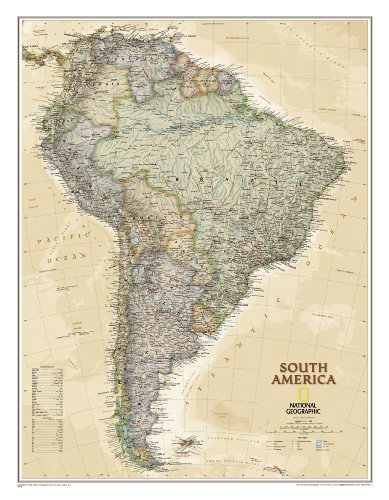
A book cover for South America Executive [Tubed] (National Geographic Reference Map); National Geographic Maps - Reference; History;